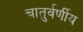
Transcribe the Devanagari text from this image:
चातुर्वर्णीय